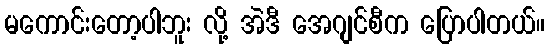
မကောင်းတော့ပါဘူး လို့ အဲဒီ အေဂျင်စီက ပြောပါတယ်။